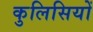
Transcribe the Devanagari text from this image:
कुलिसियों